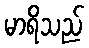
မာရိသည်